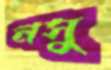
নসু